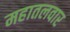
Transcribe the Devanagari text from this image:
महातलवार